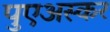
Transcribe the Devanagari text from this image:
पुएअस्कर